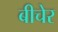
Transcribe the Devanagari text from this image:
बीचेर